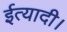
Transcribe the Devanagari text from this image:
ईत्यादी।